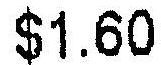
$1.60